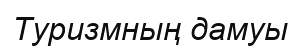
Туризмның дамуы